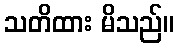
သတိထား မိသည်။